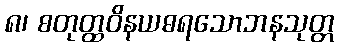
၈၊ စတုတ္ထဝိနယဓရသောဘနသုတ္တ